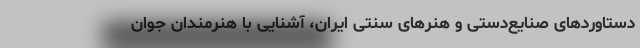
دستاوردهای صنایع‌دستی و هنرهای سنتی ایران، آشنایی با هنرمندان جوان